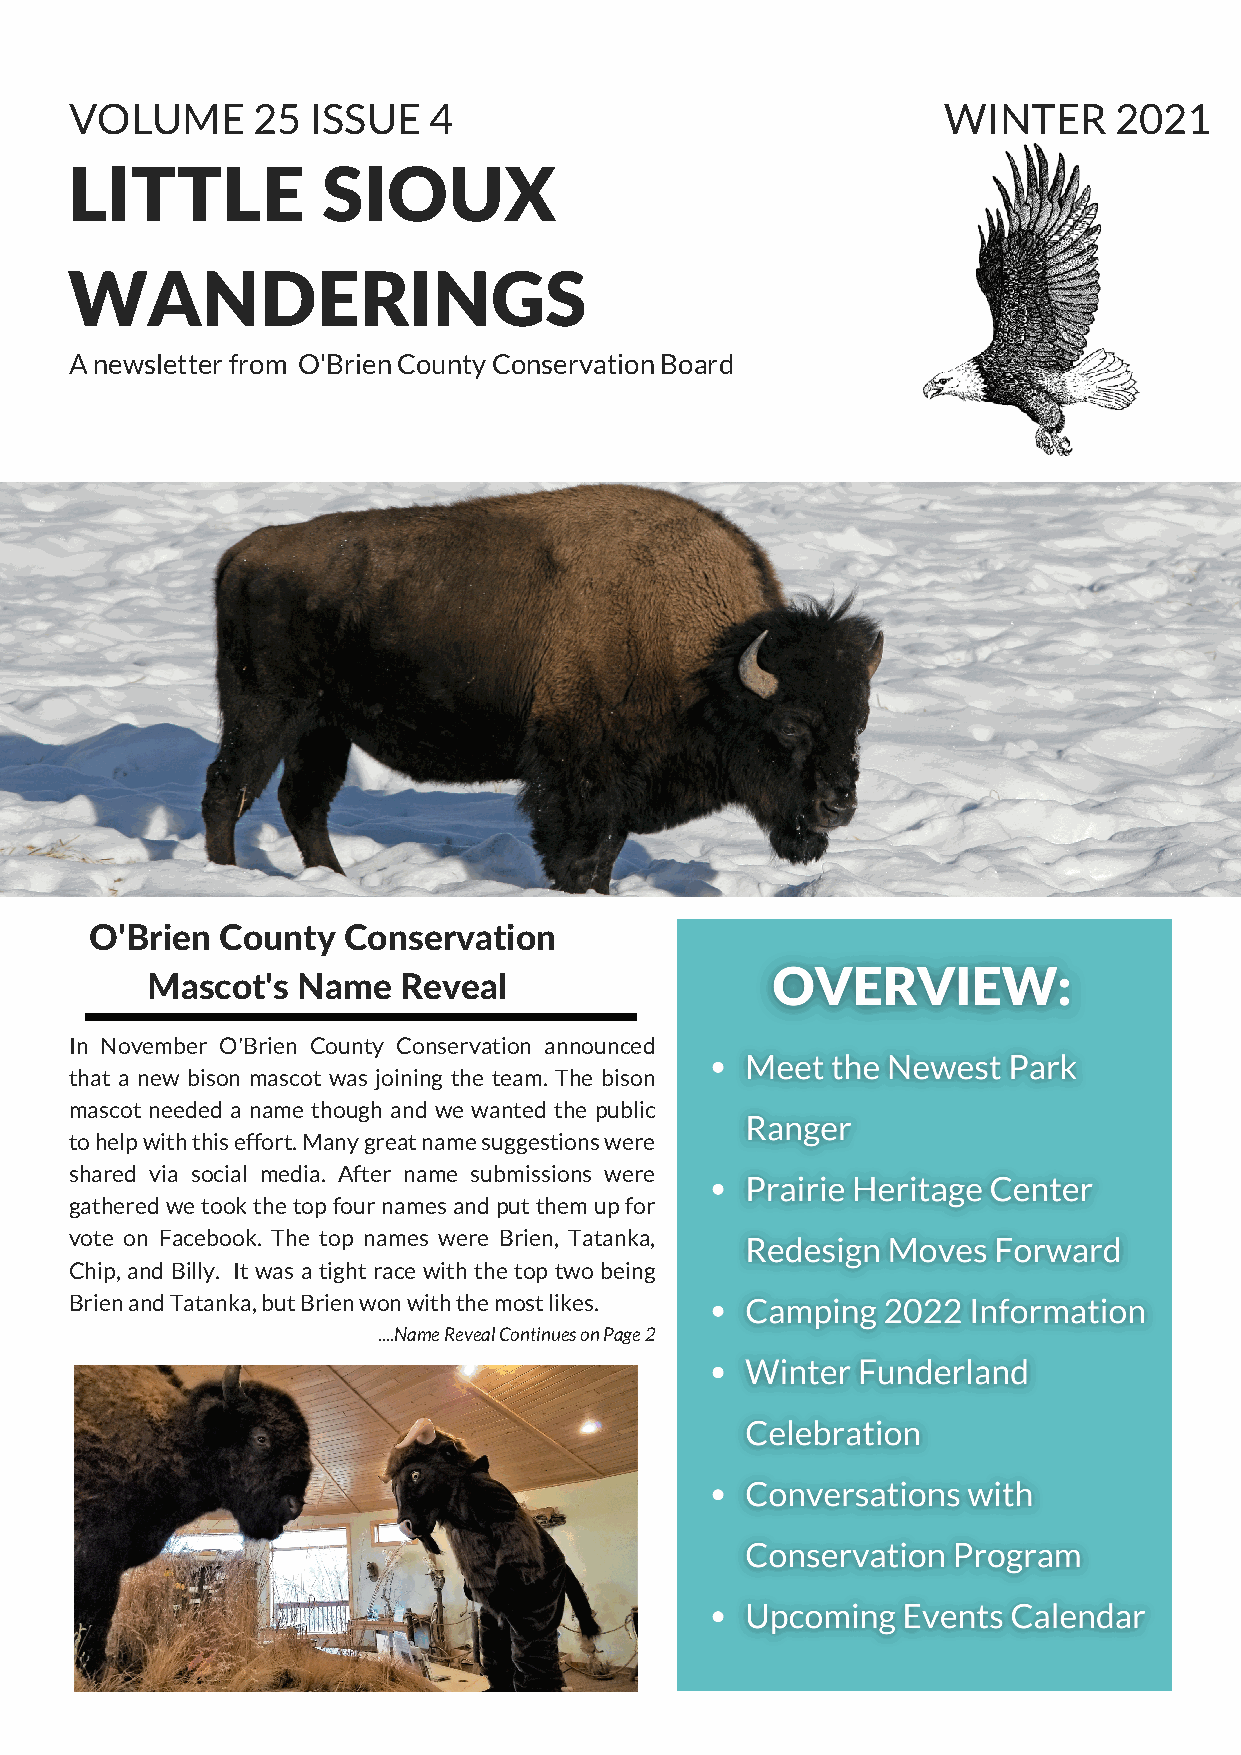
VOLUME      25 ISSUE   4                                  WINTER     2021
 LITTLE           SIOUX
 WANDERINGS
 A newsletter from O'Brien County Conservation Board
 O'Brien  County  Conservation
 Mascot's  Name  Reveal
 In November O'Brien County Conservation announced
 that a new bison mascot was joining the team. The bison
 mascot needed a name though and we wanted the public
 to help with this effort. Many great name suggestions were
 shared via social media. After name submissions were
 gathered we took the top four names and put them up for
 vote on Facebook. The top names were Brien, Tatanka,
 Chip, and Billy. It was a tight race with the top two being
 Brien and Tatanka, but Brien won with the most likes.
 ....Name Reveal Continues on Page 2